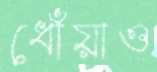
ধোঁয়াও